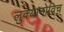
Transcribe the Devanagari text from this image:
लुक्यानोविच